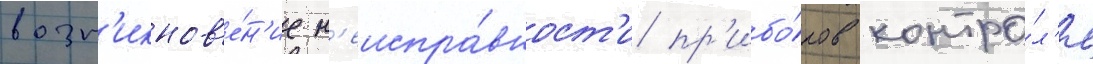
возн'икнов'е́н'ие н'еиспра́вност'и пр'ибо́ров контро́л'я